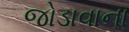
જોડાવાના